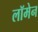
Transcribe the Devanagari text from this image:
लॉमेन